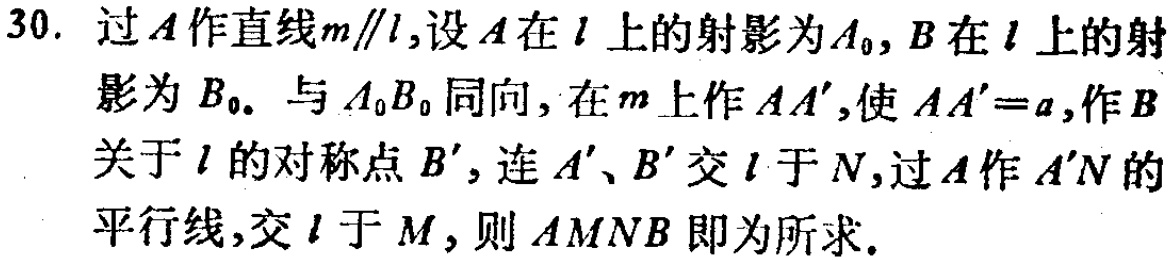
30. 过\(A\)作直线\(m\parallel l\)，设\(A\)在\(l\)上的射影为\(A_0\)，\(B\)在\(l\)上的射影为\(B_0\)。与\(A_0B_0\)同向，在\(m\)上作\(AA'\)，使\(AA' = a\)，作\(B\)关于\(l\)的对称点\(B'\)，连\(A'\)、\(B'\)交\(l\)于\(N\)，过\(A\)作\(A'N\)的平行线，交\(l\)于\(M\)，则\(AMNB\)即为所求。